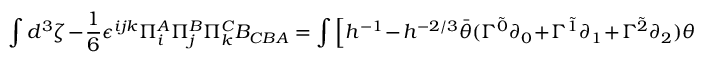
\int d ^ { 3 } \zeta - \frac { 1 } { 6 } \epsilon ^ { i j k } \Pi _ { i } ^ { A } \Pi _ { j } ^ { B } \Pi _ { k } ^ { C } B _ { C B A } = \int \Big [ h ^ { - 1 } - h ^ { - 2 / 3 } \bar { \theta } ( \Gamma ^ { \tilde { 0 } } \partial _ { 0 } + \Gamma ^ { \tilde { 1 } } \partial _ { 1 } + \Gamma ^ { \tilde { 2 } } \partial _ { 2 } ) \theta